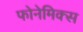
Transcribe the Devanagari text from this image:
फोनेमिक्स